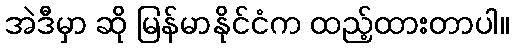
အဲဒီမှာ ဆို မြန်မာနိုင်ငံက ထည့်ထားတာပါ။